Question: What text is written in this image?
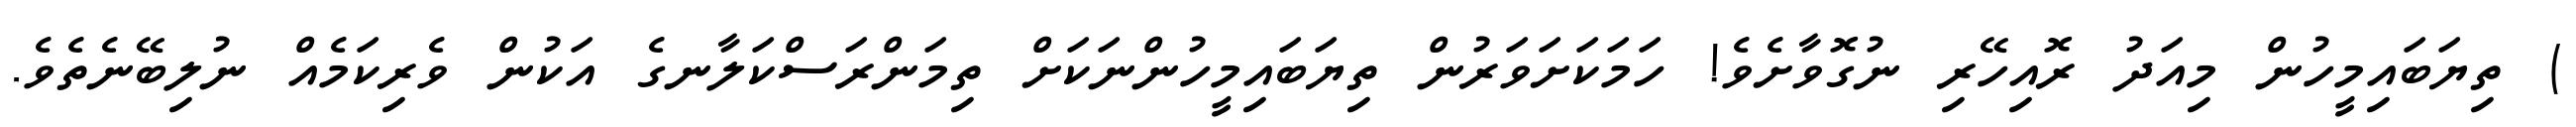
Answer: ) ތިޔަބައިމީހުން މިއަދު ރޮއިހޭރި ނުގޮވާށެވެ! ހަމަކަށަވަރުން ތިޔަބައިމީހުންނަކަށް ތިމަންރަސްކަލާނގެ އަކުން ވެރިކަމެއް ނުލިބޭނެތެވެ.